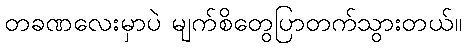
တခဏလေးမှာပဲ မျက်စိတွေပြာတက်သွားတယ်။